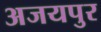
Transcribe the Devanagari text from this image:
अजयपुर